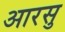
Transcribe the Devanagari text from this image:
आरसु